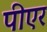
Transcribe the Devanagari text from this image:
पीएर